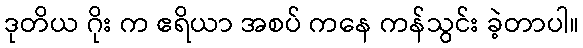
ဒုတိယ ဂိုး က ဧရိယာ အစပ် ကနေ ကန်သွင်း ခဲ့တာပါ။